Annual report of the Punjab Veterinary College and of the Civil Veterinary Department, Punjab - 1894-1908
Year: 1894
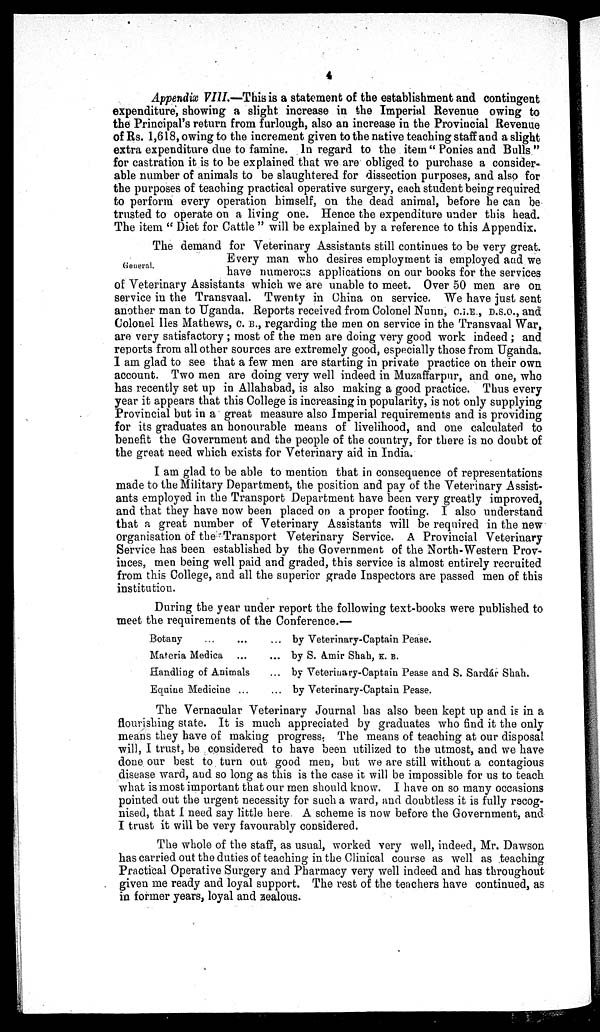
4
Appendix VIII.—This is a statement of the establishment and contingent
expenditure, showing a slight increase in the Imperial Revenue owing to
the Principal's return from furlough, also an increase in the Provincial Revenue
of Rs. 1,618, owing to the increment given to the native teaching staff and a slight
extra expenditure due to famine. In regard to the item "Ponies and Bulls"
for castration it is to be explained that we are obliged to purchase a consider-
able number of animals to be slaughtered for dissection purposes, and also for
the purposes of teaching practical operative surgery, each student being required
to perform every operation himself, on the dead animal, before he can be
trusted to operate on a living one. Hence the expenditure under this head.
The item "Diet for Cattle " will be explained by a reference to this Appendix.
General.
The demand for Veterinary Assistants still continues to be very great.
Every man who desires employment is employed and we
have numerous applications on our books for the services
of Veterinary Assistants which we are unable to meet. Over 50 men are on
service in the Transvaal. Twenty in China on service. We have just sent
another man to Uganda. Reports received from Colonel Nunn, C.I.E., D.S.O., and
Colonel lles Mathews, C. B., regarding the men on service in the Transvaal War,
are very satisfactory; most of the men are doing very good work indeed; and
reports from all other sources are extremely good, especially those from Uganda.
I am glad to see that a few men are starting in private practice on their own
account. Two men are doing very well indeed in Muzaffarpur, and one, who
has recently set up in Allahabad, is also making a good practice. Thus every
year it appears that this College is increasing in popularity, is not only supplying
Provincial but in a great measure also Imperial requirements and is providing
for its graduates an honourable means of livelihood, and one calculated to
benefit the Government and the people of the country, for there is no doubt of
the great need which exists for Veterinary aid in India.
I am glad to be able to mention that in consequence of representations
made to the Military Department, the position and pay of the Veterinary Assist-
ants employed in the Transport Department have been very greatly improved,
and that they have now been placed on a proper footing. I also understand
that a great number of Veterinary Assistants will be required in the new
organisation of the Transport Veterinary Service. A Provincial Veterinary
Service has been established by the Government of the North-Western Prov-
inces, men being well paid and graded, this service is almost entirely recruited
from this College, and all the superior grade Inspectors are passed men of this
institution.
During the year under report the following text-books were published to
meet the requirements of the Conference.—
Botany ... ...
Materia Medica ...
Handling of Animals
Equine Medicine ...
...
...
...
...
by Veterinary-Captain Pease.
by S. Amir Shah, K. B.
by Veterinary-Captain Pease and S. Sardar Shah.
by Veterinary-Captain Pease.
The Vernacular Veterinary Journal has also been kept up and is in a
flourishing state. It is much appreciated by graduates who find it the only
means they have of making progress. The means of teaching at our disposal
will, I trust, be considered to have been utilized to the utmost, and we have
done our best to turn out good men, but we are still without a contagious
disease ward, and so long as this is the case it will be impossible for us to teach
what is most important that our men should know. I have on so many occasions
pointed out the urgent necessity for such a ward, and doubtless it is fully recog-
nised, that I need say little here A scheme is now before the Government, and
I trust it will be very favourably considered.
The whole of the staff, as usual, worked very well, indeed, Mr. Dawson
has carried out the duties of teaching in the Clinical course as well as teaching
Practical Operative Surgery and Pharmacy very well indeed and has throughout
given me ready and loyal support. The rest of the teachers have continued, as
in former years, loyal and zealous.